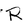
Character: R